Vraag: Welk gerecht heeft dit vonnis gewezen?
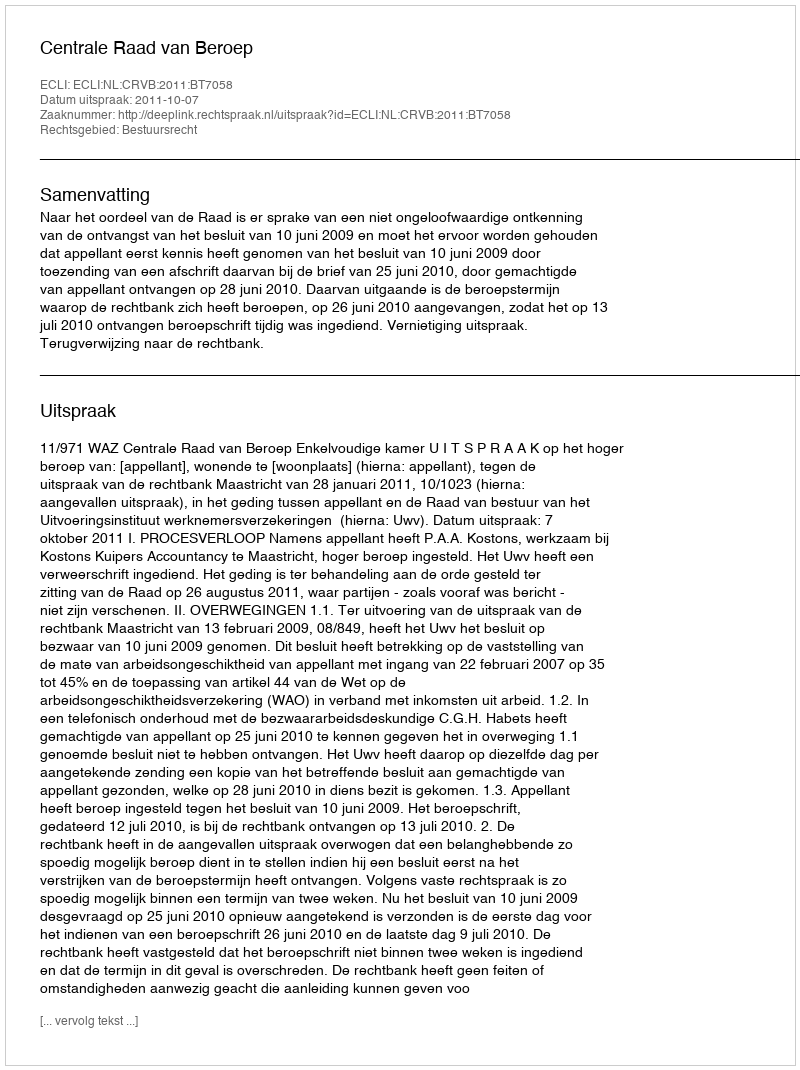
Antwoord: Centrale Raad van Beroep